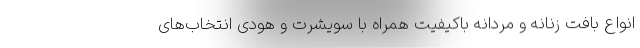
انواع بافت زنانه و مردانه باکیفیت همراه با سویشرت و هودی انتخاب‌های